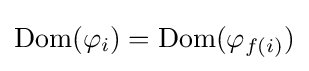
\mathrm {Dom} (\varphi _{i})=\mathrm {Dom} (\varphi _{f(i)})